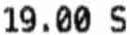
19.00 S